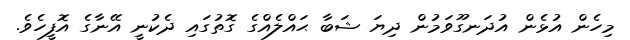
މިހެން އުޅެން އުދަނގޫވަމުން ދިޔަ ޝަބާ ޙައްލެއްގެ ގޮތުގައި ދެކުނީ އޭނާގެ އޮފީހެވެ.